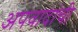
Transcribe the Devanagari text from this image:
अपवादांची